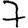
Digit: 7